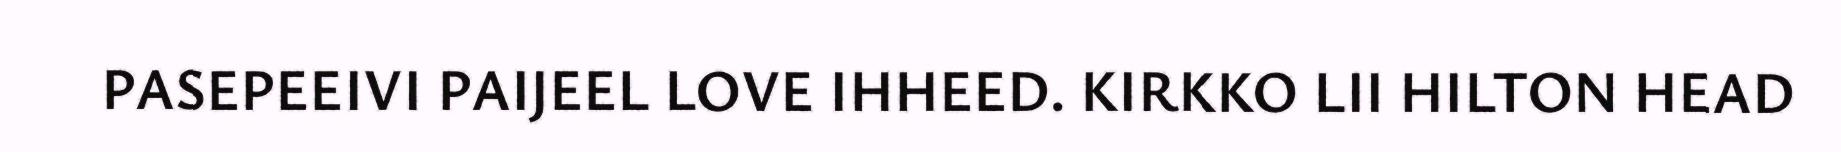
PASEPEEIVI PAIJEEL LOVE IHHEED. KIRKKO LII HILTON HEAD